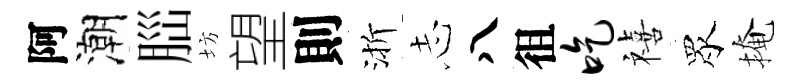
阿潮𦛁坊望則渐𢖽八徂吃禧眾掩